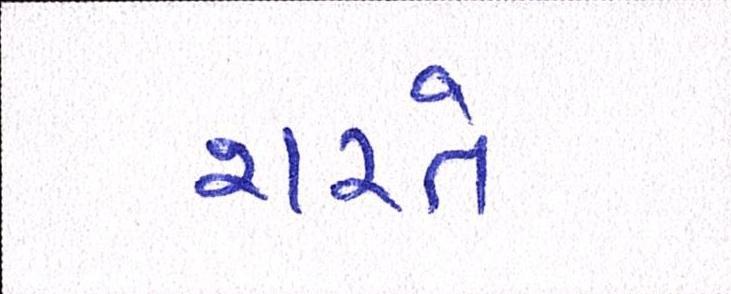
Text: શરતે